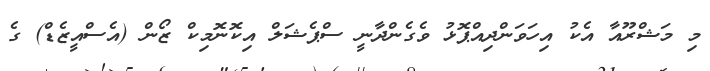
މި މަޝްރޫއާ އެކު އިހަވަންދިއްޕޮޅު ވެގެންދާނީ ސްޕެޝަލް އިކޮނޮމިކް ޒޯން (އެސްއީޒެޑް) ގެ